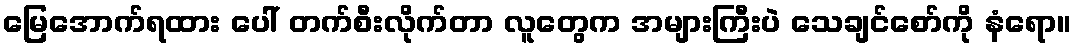
မြေအောက်ရထား ပေါ် တက်စီးလိုက်တာ လူတွေက အများကြီးပဲ သေချင်စော်ကို နံရော။